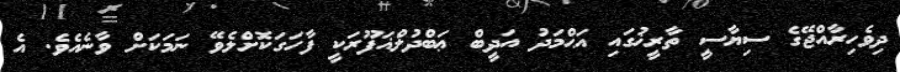
ދިވެހިރާއްޖޭގެ ސިޔާސީ ތާރީޚުގައި އަޙްމަދު އަދީބް ޢަބްދުލްޣަފޫރަކީ ފާހަގަކޮށްލެވޭ ނަމަކަށް ވާނެއެވެ. އެ